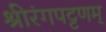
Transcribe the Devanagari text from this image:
श्रीरंगपट्टणम्